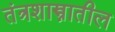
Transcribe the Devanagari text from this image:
तंत्रशास्त्रातील